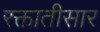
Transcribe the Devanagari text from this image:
रक्तातीसार